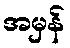
အမှန်